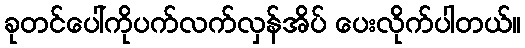
ခုတင်ပေါ်ကိုပက်လက်လှန်အိပ် ပေးလိုက်ပါတယ်။